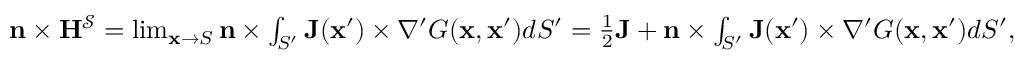
\begin{array} { r } { \mathbf { n } \times \mathbf { H } ^ { \mathcal { S } } = \operatorname* { l i m } _ { \mathbf { x } \to S } \mathbf { n } \times \int _ { S ^ { \prime } } \mathbf { J } ( \mathbf { x } ^ { \prime } ) \times \nabla ^ { \prime } G ( \mathbf { x } , \mathbf { x } ^ { \prime } ) d S ^ { \prime } = \frac { 1 } { 2 } \mathbf { J } + \mathbf { n } \times \int _ { S ^ { \prime } } \mathbf { J } ( \mathbf { x } ^ { \prime } ) \times \nabla ^ { \prime } G ( \mathbf { x } , \mathbf { x } ^ { \prime } ) d S ^ { \prime } , } \end{array}